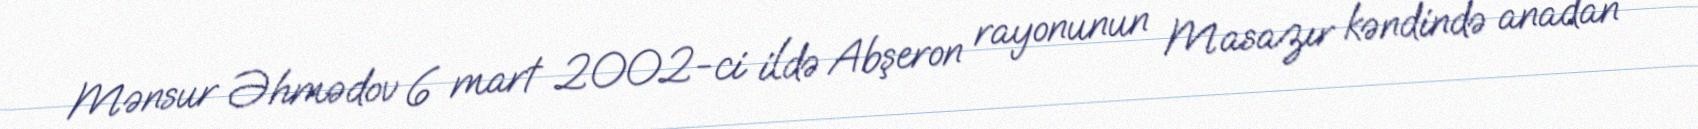
Mənsur Əhmədov 6 mart 2002-ci ildə Abşeron rayonunun Masazır kəndində anadan